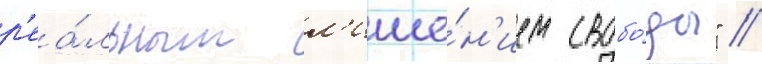
р'еа́льным л'ише́н'ием свобо́ды" /